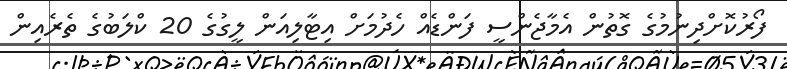
ފޯރުކޮށްދިނުމުގެ ގޮތުން އެމާޖެންސީ ފަންޑެއް ހެދުމަށް އިޓާލިއަން ލީގުގެ 20 ކްލަބުގެ ތެރެއިން